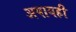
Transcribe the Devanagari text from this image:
अपायही